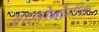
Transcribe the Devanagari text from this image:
आस्त्रोनोमीक